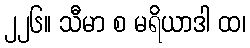
၂၂၆။ သီမာ စ မရိယာဒါ ထ၊